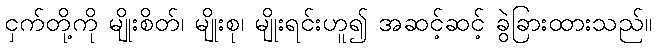
ငှက်တို့ကို မျိုးစိတ်၊ မျိုးစု၊ မျိုးရင်းဟူ၍ အဆင့်ဆင့် ခွဲခြားထားသည်။